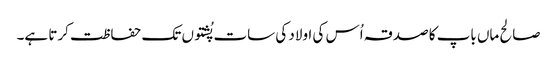
صالح ماں باپ کا صدقہ اُس کی اولاد کی سات پُشتوں تک حفاظت کرتا ہے۔